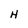
Character: H